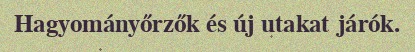
Hagyományőrzők és új utakat járók.